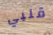
قلبي